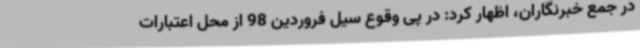
در جمع خبرنگاران، اظهار کرد: در پی وقوع سیل فروردین 98 از محل اعتبارات